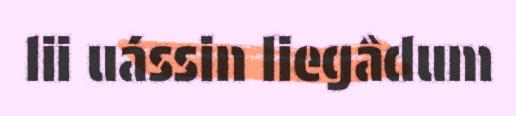
lii uássin liegâdum